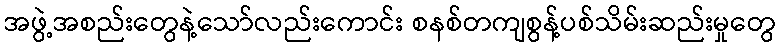
အဖွဲ့အစည်းတွေနဲ့သော်လည်းကောင်း စနစ်တကျစွန့်ပစ်သိမ်းဆည်းမှုတွေ